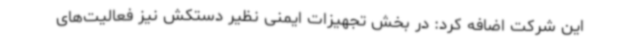
این شرکت اضافه کرد: در بخش تجهیزات ایمنی نظیر دستکش نیز فعالیت‌های